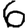
Digit: 6